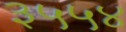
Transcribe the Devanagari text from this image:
३५५४